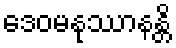
ဒေဝမနုဿာနန္တိ